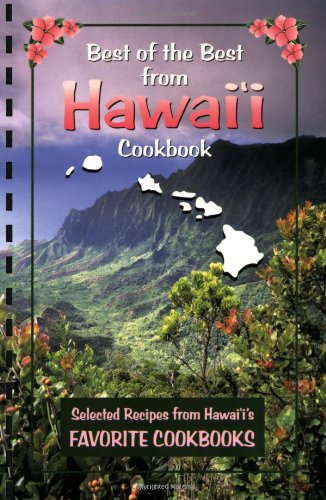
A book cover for Best of the Best from Hawaii: Selected Recipes from Hawaii's Favorite Cookbooks (Best of the Best State Cookbook); Cookbooks, Food & Wine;